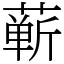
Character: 蕲